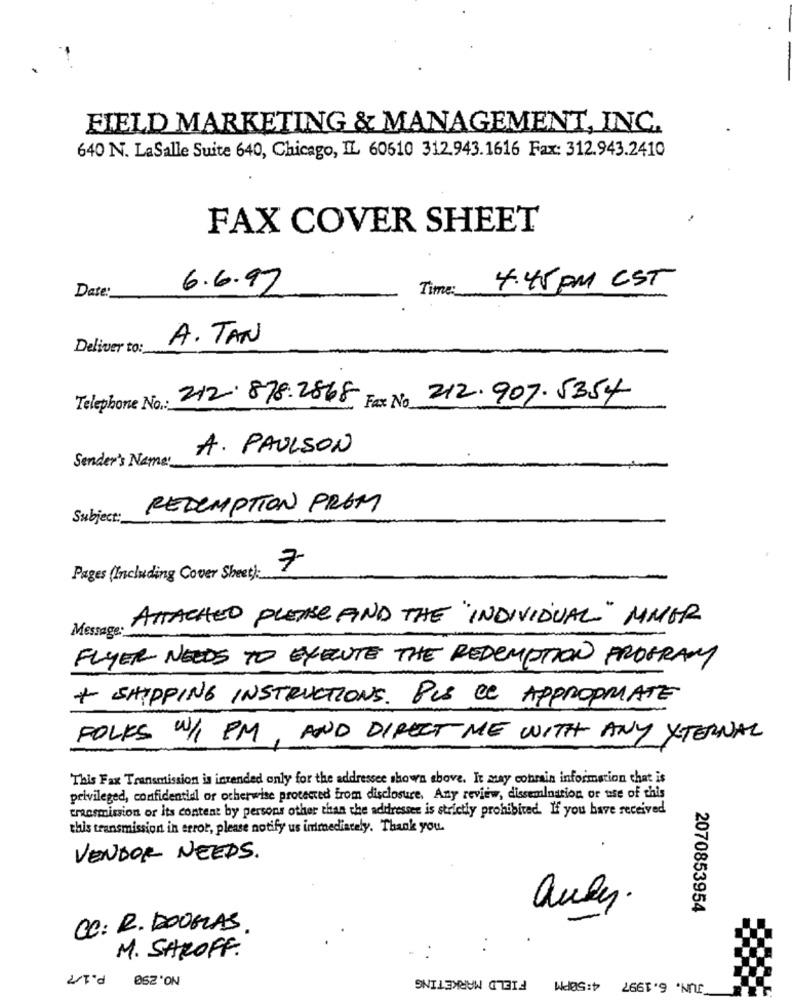
FIELD MARKETING & MANAGEMENT, INC.
640 N. LaSalle Suite 640, Chicago, IL 60610 312.943.1616 Fax: 312.943.2410
FAX COVER SHEET
Date:
6.6.97
Time:
4.45 PM CST
A. TAN
Deliver to:
Telephone No .: 212.878.2868
Fax No 212.907.5354
A. PAULSON
Sender's Name.
REDEMPTION PROM
Subject
7
Pages (Including Cover Sheet) ..
ATTACHED PLEASE FIND THE INDIVIDUAL" MMER
Message:
FLYER NEEDS TO EXECUTE THE REDEMPTION PROGRAM
+ SHIPPING INSTRUCTIONS. PUS De APPROPRIATE
FOLKS W/1 PM, AND DIRECT ME WITH ANY EXTERNAL
This Fax Transmission is intended only for the addressee shown above. It may contain information that is
privileged, confidential or otherwise protected from disclosure. Any review, dissemination or use of this
transmission or its content by persons other than the addressee is strictly prohibited. If you have received
this transmission in error, please notify us immediately. Thank you.
VENDOR NEEDS.
audy.
2070853954
CC: R. DOUGLAS
M. SHROFF.
P.1/7
NO.290
FIELD MARKETING
JUN. 6.1997 4:50PM